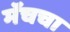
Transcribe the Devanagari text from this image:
मॅचचा